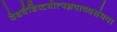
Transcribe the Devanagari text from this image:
देशवैशिष्टयोत्पन्नवाच्यसंभवा